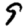
Digit: 9